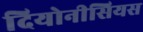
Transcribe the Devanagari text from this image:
दियोनीसियस